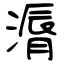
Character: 漘